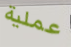
عملية